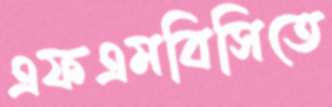
এফএমবিসিতে